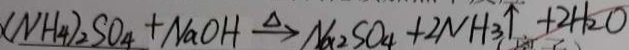
( N H _ { 4 } ) _ { 2 } S O _ { 4 } + N a O H \xrightarrow { \Delta } N a _ { 2 } S O _ { 4 } + 2 N H _ { 3 } \uparrow + 2 H _ { 2 } O